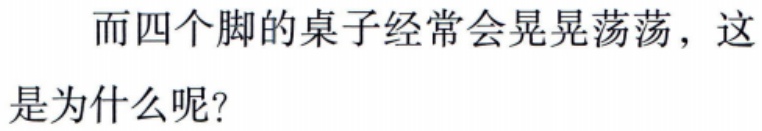
而四个脚的桌子经常会晃晃荡荡，这是为什么呢?